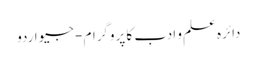
دائرہ علم و ادب کا پروگرام - جیو اردو